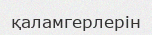
қаламгерлерін